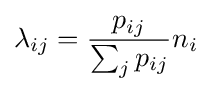
\lambda _{ij}={\frac {p_{ij}}{\sum _{j}p_{ij}}}n_{i}